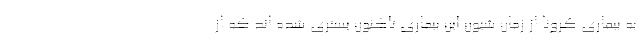
به بیماری کرونا از زمان شیون این بیماری تاکنون بستری شده اند که از